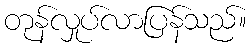
တုန်လှုပ်လာပြန်သည်။